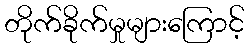
တိုက်ခိုက်မှုများကြောင့်